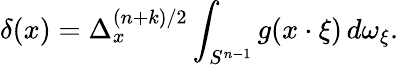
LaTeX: \delta(x)=\Delta_{x}^{(n+k)/2}\int_{S^{n-1}}g(x\cdot\xi)\, d\omega_{\xi}.